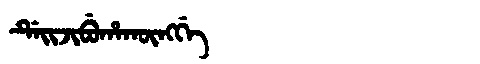
Manchu: ᡩᡝᡳᠵᡳᠪᡠᡥᠠᡴᡡᠩᡤᡝ
Romanization: DEIJIBUHAKŪNGGE